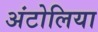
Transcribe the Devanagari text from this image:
अंटोलिया